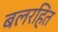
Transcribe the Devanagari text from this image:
बलरहित